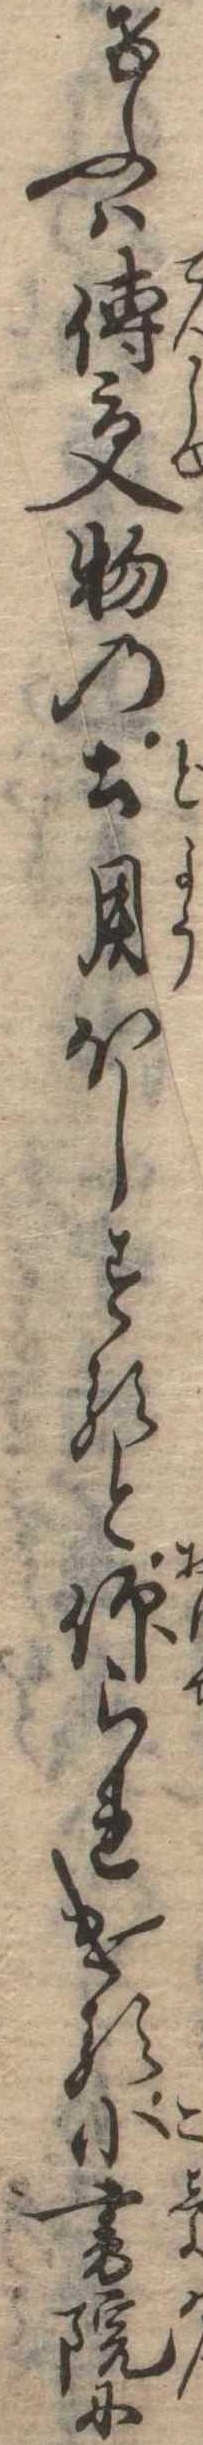
けふは伝受物の土用ほしすると仰られける小書院に